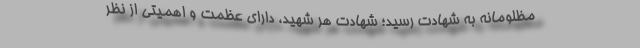
مظلومانه به شهادت رسید؛ شهادت هر شهید، دارای عظمت و اهمیتی از نظر